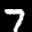
Label: 7